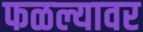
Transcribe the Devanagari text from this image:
फळल्यावर